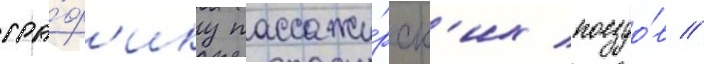
гра́ф'ику пассажи́рск'их поездо́в //